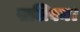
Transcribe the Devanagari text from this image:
सलिवन।